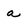
Character: a